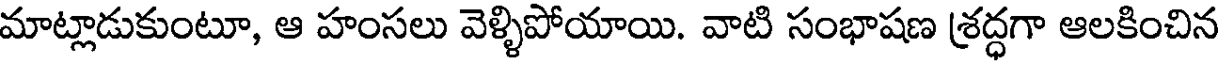
మాట్లాడుకుంటూ, ఆ హంసలు వెళ్ళిపోయాయి. వాటి సంభాషణ శ్రద్ధగా ఆలకించిన